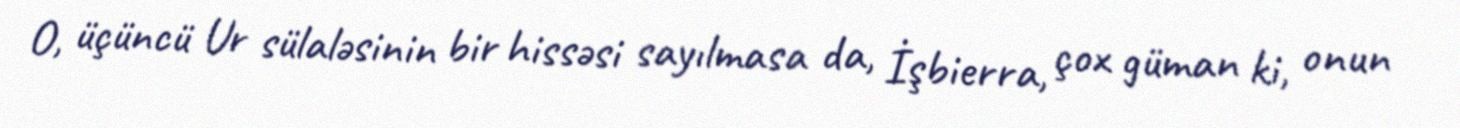
O, üçüncü Ur sülaləsinin bir hissəsi sayılmasa da, İşbierra, çox güman ki, onun